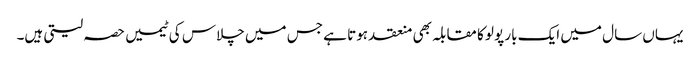
یہاں سال میں ایک بار پولو کا مقابلہ بھی منعقد ہوتا ہے جس میں چلاس کی ٹیمیں حصہ لیتی ہیں۔